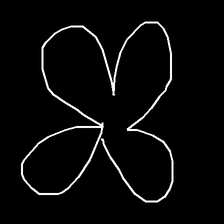
Glyph: billowing